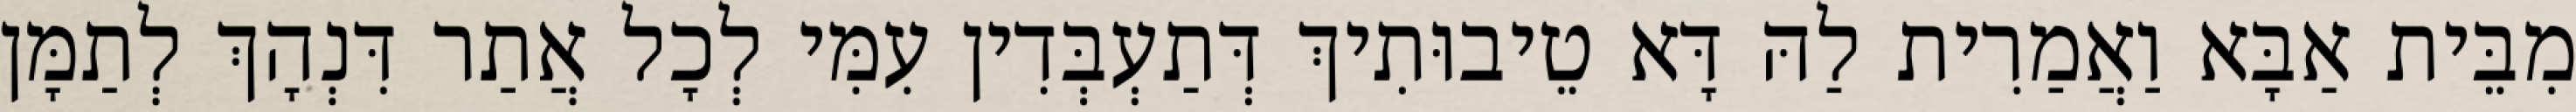
מִבֵּית אַבָּא וַאֲמַרִית לַהּ דָּא טֵיבוּתִיךְ דְּתַעְבְּדִין עִמִּי לְכָל אֲתַר דִּנְהָךְ לְתַמָּן